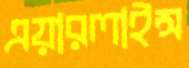
এয়ারলাইন্স